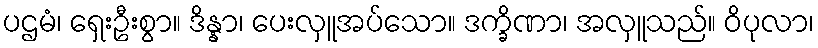
ပဌမံ၊ ရှေးဦးစွာ။ ဒိန္နာ၊ ပေးလှူအပ်သော။ ဒက္ခိဏာ၊ အလှူသည်။ ဝိပုလာ၊